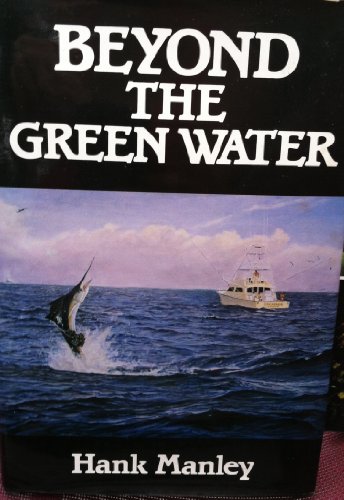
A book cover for Beyond the Green Water; Sports & Outdoors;